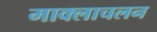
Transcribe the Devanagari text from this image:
माक्लाचलन